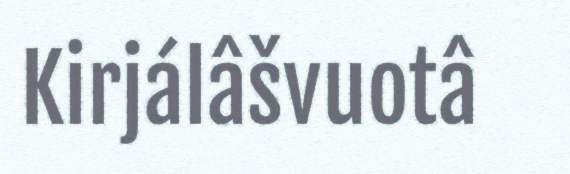
Kirjálâšvuotâ